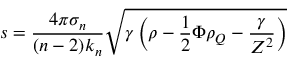
s = \frac { 4 \pi \sigma _ { n } } { ( n - 2 ) k _ { n } } \sqrt { \gamma \left( \rho - \frac { 1 } { 2 } \Phi \rho _ { Q } - \frac { \gamma } { Z ^ { 2 } } \right) }